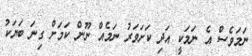
ނަމަވެސް އެ ނަމަކީ އަދި ކަށަވަރު ނަމެއް ނޫން ކަމަށް ގިނަ ބަޔަކު